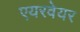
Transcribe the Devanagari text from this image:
एयरवेयर